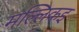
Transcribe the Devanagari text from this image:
मल्लिकइ